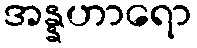
အန္နဟာရော